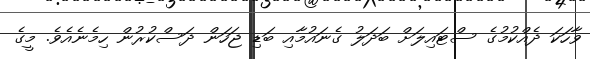
ވާހަކަ ދެއްކުމުގެ ސްޓައިލަށް ބަދަލު ގެނައުމާއި ބަޑި ޖަހަން ދަސްކުރުން ހިމެނެއެވެ. މީގެ